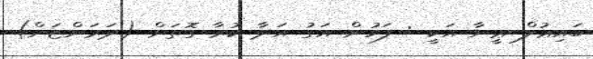
ބައިޢުލް ޢީނާ އަކީ : ފަހުން އަގު އަދާ ކުރާ ގޮތަށް (ދަރަންޏަށް)